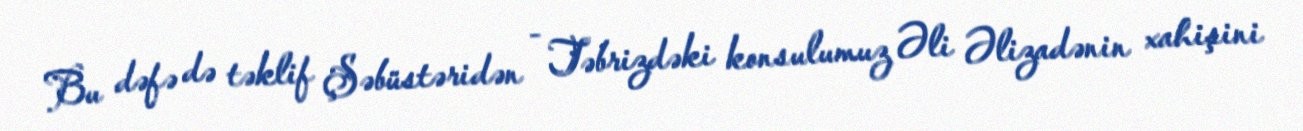
Bu dəfə də təklif Şəbüstəridən - Təbrizdəki konsulumuz Əli Əlizadənin xahişini